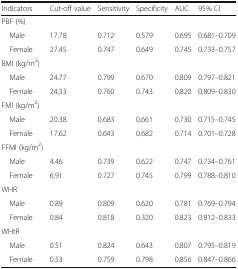
<table><thead><tr><td><b>Indicators</b></td><td><b>Cut-off value</b></td><td><b>Sensitivity</b></td><td><b>Specificity</b></td><td><b>AUC</b></td><td><b>95% CI</b></td></tr></thead><tbody><tr><td>PBF (%)</td><td colspan="5"></td></tr><tr><td> Male</td><td>17.78</td><td>0.712</td><td>0.579</td><td>0.695</td><td>0.681–0.709</td></tr><tr><td> Female</td><td>27.45</td><td>0.747</td><td>0.649</td><td>0.745</td><td>0.733–0.757</td></tr><tr><td>BMI (kg/m<sup>2</sup>)</td><td colspan="5"></td></tr><tr><td> Male</td><td>24.77</td><td>0.799</td><td>0.670</td><td>0.809</td><td>0.797–0.821</td></tr><tr><td> Female</td><td>24.33</td><td>0.760</td><td>0.743</td><td>0.820</td><td>0.809–0.830</td></tr><tr><td>FMI (kg/m<sup>2</sup>)</td><td colspan="5"></td></tr><tr><td> Male</td><td>20.38</td><td>0.683</td><td>0.661</td><td>0.730</td><td>0.715–0.745</td></tr><tr><td> Female</td><td>17.62</td><td>0.643</td><td>0.682</td><td>0.714</td><td>0.701–0.728</td></tr><tr><td>FFMI (kg/m<sup>2</sup>)</td><td colspan="5"></td></tr><tr><td> Male</td><td>4.46</td><td>0.739</td><td>0.622</td><td>0.747</td><td>0.734–0.761</td></tr><tr><td> Female</td><td>6.91</td><td>0.727</td><td>0.745</td><td>0.799</td><td>0.788–0.810</td></tr><tr><td>WHR</td><td colspan="5"></td></tr><tr><td> Male</td><td>0.89</td><td>0.809</td><td>0.620</td><td>0.781</td><td>0.769–0.794</td></tr><tr><td> Female</td><td>0.84</td><td>0.818</td><td>0.320</td><td>0.823</td><td>0.812–0.833</td></tr><tr><td>WHtR</td><td colspan="5"></td></tr><tr><td> Male</td><td>0.51</td><td>0.824</td><td>0.643</td><td>0.807</td><td>0.795–0.819</td></tr><tr><td> Female</td><td>0.53</td><td>0.759</td><td>0.798</td><td>0.856</td><td>0.847–0.866</td></tr></tbody></table>